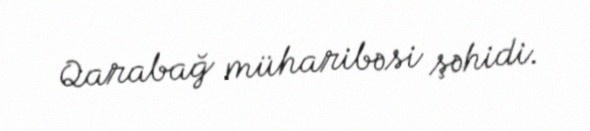
Qarabağ müharibəsi şəhidi.